Indian journal of veterinary science and animal husbandry - Volume 3,
Year: 1933
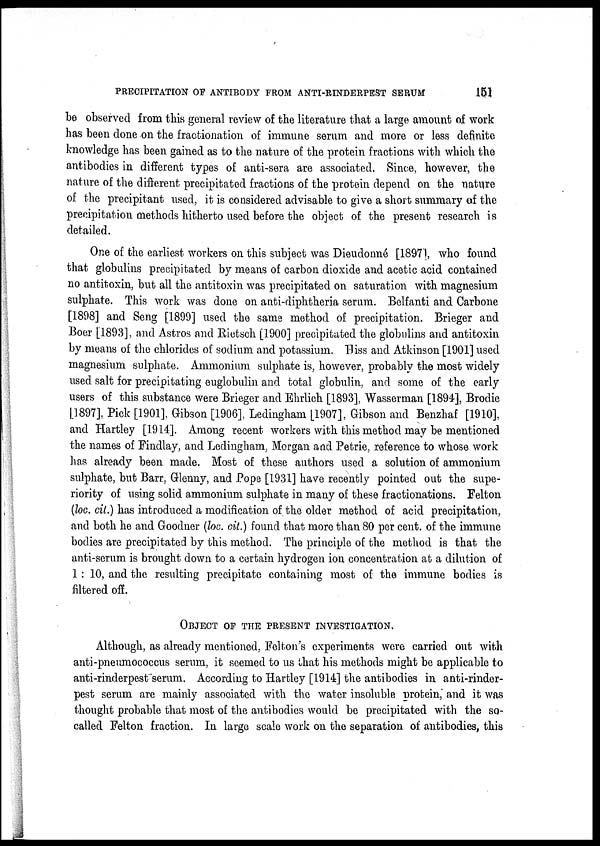
PRECIPITATION OF ANTIBODY FROM ANTI-RINDERPEST SERUM
151
be observed from this general review of the literature that a large amount of work
has been done on the fractionation of immune serum and more or less definite
knowledge has been gained as to the nature of the protein fractions with which the
antibodies in different types of anti-sera are associated. Since, however, the
nature of the different precipitated fractions of the protein depend on the nature
of the precipitant used, it is considered advisable to give a short summary of the
precipitation methods hitherto used before the object of the present research is
detailed.
One of the earliest workers on this subject was Dieudonné [1897], who found
that globulins precipitated by means of carbon dioxide and acetic acid contained
no antitoxin, but all the antitoxin was precipitated on saturation with magnesium
sulphate. This work was done on anti-diphtheria serum. Belfanti and Carbone
[1898] and Seng [1899] used the same method of precipitation. Brieger and
Boer [1893], and Astros and Rietsch [1900] precipitated the globulins and antitoxin
by means of the chlorides of sodium and potassium. Hiss and Atkinson [1901] used
magnesium sulphate. Ammonium sulphate is, however, probably the most widely
used salt for precipitating euglobulin and total globulin, and some of the early
users of this substance were Brieger and Ehrlich [1893], Wasserman [1894], Brodie
[1897], Pick [1901], Gibson [1906], Ledingham [1907], Gibson and Benzhaf [1910],
and Hartley [1914]. Among recent workers with this method may be mentioned
the names of Findlay, and Ledingham, Morgan and Petrie, reference to whose work
has already been made. Most of these authors used a solution of ammonium
sulphate, but Barr, Glenny, and Pope [1931] have recently pointed out the supe-
riority of using solid ammonium sulphate in many of these fractionations. Felton
(loc. cit.) has introduced a modification of the older method of acid precipitation,
and both he and Goodner (loc. cit.) found that more than 80 per cent. of the immune
bodies are precipitated by this method. The principle of the method is that the
anti-serum is brought down to a certain hydrogen ion concentration at a dilution of
1: 10, and the resulting precipitate containing most of the immune bodies is
filtered off.
OBJECT OF THE PRESENT INVESTIGATION.
Although, as already mentioned, Felton's experiments were carried out with
anti-pneumococcus serum, it seemed to us that his methods might be applicable to
anti-rinderpest serum. According to Hartley [1914] the antibodies in anti-rinder-
pest serum are mainly associated with the water insoluble protein, and it was
thought probable that most of the antibodies would be precipitated with the so-
called Felton fraction. In large scale work on the separation of antibodies, this